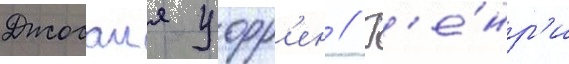
Джосаия уорр'ен // Г'е́нр'и